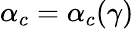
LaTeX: \alpha_{c}=\alpha_{c}(\gamma)